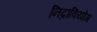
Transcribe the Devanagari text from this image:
निद्रावियोग